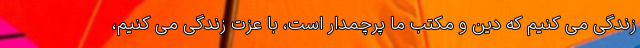
زندگی می کنیم که دین و مکتب ما پرچمدار است، با عزت زندگی می کنیم،